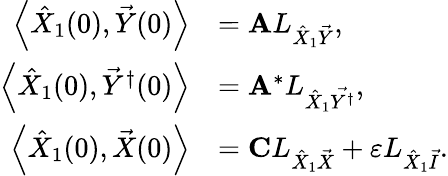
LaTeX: \begin{array}{rl}{\left\langle\hat{X}_{1}(0),\vec{Y}(0)\right\rangle}&{=\mathbf{A}L_{\hat{X}_{1}\vec{Y}},}\\ {\left\langle\hat{X}_{1}(0),\vec{Y}^{\dagger}(0)\right\rangle}&{=\mathbf{A}^{*}L_{\hat{X}_{1}\vec{Y^{\dagger}}},}\\ {\left\langle\hat{X}_{1}(0),\vec{X}(0)\right\rangle}&{=\mathbf{C}L_{\hat{X}_{1}\vec{X}}+\varepsilon L_{\hat{X}_{1}\vec{I}}.}\end{array}